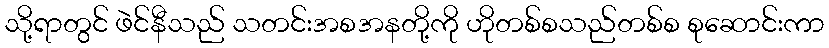
သို့ရာတွင် ဖဲင်နီသည် သတင်းအစအနတို့ကို ဟိုတစ်စသည်တစ်စ စုဆောင်းကာ